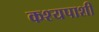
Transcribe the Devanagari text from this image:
कश्यपाशी